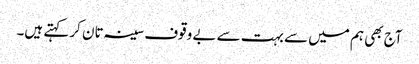
آج بھی ہم میں سے بہت سے بے وقوف سینہ تان کر کہتے ہیں۔